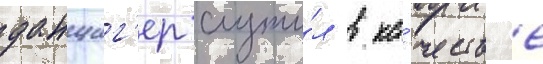
данциг'ер служи́л в ка́честв'е